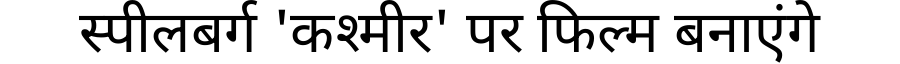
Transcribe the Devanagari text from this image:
स्पीलबर्ग 'कश्मीर' पर फिल्म बनाएंगे